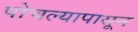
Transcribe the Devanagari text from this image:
पोचल्यापासून